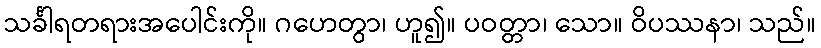
သင်္ခါရတရားအပေါင်းကို။ ဂဟေတွာ၊ ဟူ၍။ ပဝတ္တာ၊ သော။ ဝိပဿနာ၊ သည်။